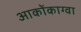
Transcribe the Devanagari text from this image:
आकोंकाग्वा